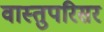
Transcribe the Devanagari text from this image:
वास्तुपरिसर